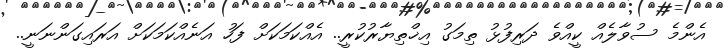
އެންމެ ސުވާލެއް ކީއްވެ ދަރިފުޅު ތިމަގު އިޚްތިޔާރުކުރީ.. އެއްކަމަކަށް ފަހު އަނެއްކަމަކަށް އަރައިގަންނަނީ..